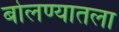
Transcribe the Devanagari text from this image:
बोलण्यातला